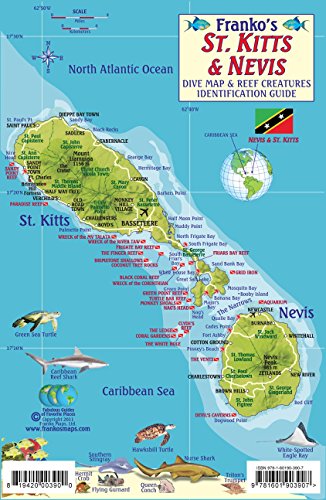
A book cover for St. Kitts & Nevis Dive Map & Reef Creatures Guide Franko Maps Laminated Fish Card; Franko Maps Ltd.; Travel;